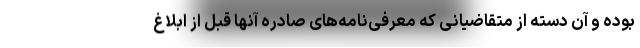
بوده و آن‌ دسته از متقاضیانی که معرفی‌نامه‌های صادره آنها قبل از ابلاغ